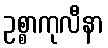
ဥစ္စာကုလီနာ